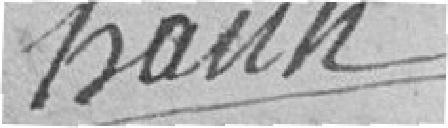
BAUN